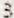
3